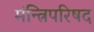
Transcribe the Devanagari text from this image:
मंन्त्रिपरिषद